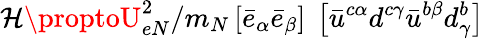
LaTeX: \mathcal{H}\proptoU_{eN}^{2}/m_{N}\left\lbrack\bar{{e}}_{\alpha}\bar{{e}}_{\beta}\right\rbrack\ \left\lbrack\bar{{u}}^{c\alpha}d^{c\gamma}\bar{{u}}^{b\beta}d_{\gamma}^{b}\right\rbrack